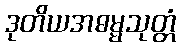
ဒုတိယအဓမ္မသုတ္တံ